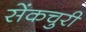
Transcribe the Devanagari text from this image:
सेंकचुरी